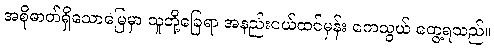
အစိုဓာတ်ရှိသောမြေမှာ သူတို့ခြေရာ အနည်းငယ်ထင်မှန်း ကေသွယ် တွေ့ရသည်။